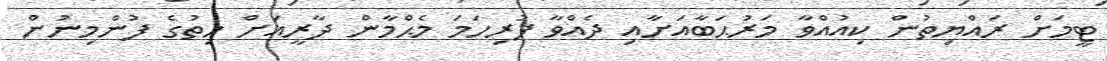
ޓީމަށް ރައްޔިތުން ކިއުއްވާ މަރުޙަބާއަށާއި ދެއްވާ ފުރިހަމަ މެޙްމާން ދާރީއަށް ހިތުގެ ފުންމިނުން